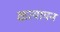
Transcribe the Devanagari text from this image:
कत्यायन